Scottish Leaving Certificate Examination, 1960
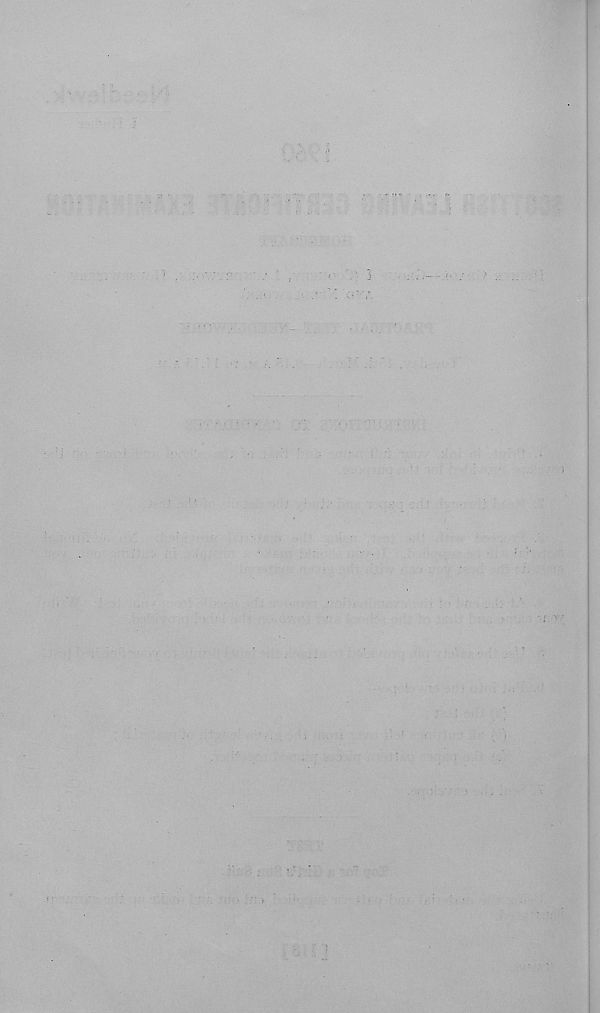
-
I
'<-7.
! f . '
:
’
.
5
: - ' ' ■ • ’ i - ’